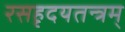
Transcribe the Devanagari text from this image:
रसहृदयतन्त्रम्